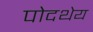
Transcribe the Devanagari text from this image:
पोदथेय